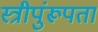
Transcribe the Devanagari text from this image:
स्त्रीपुंरूपता